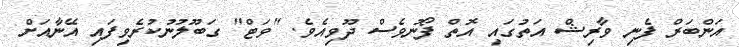
އަންބަރް ފެނި ވާރިޝް އަތުގައި އޮތް ފޯނުވެސް ދޫވިއެވެ. "ވަޓް" ގަބޫލުނުކުރެވިފައި އޭނާއަށް